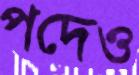
পদেও